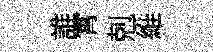
誰霄剋維